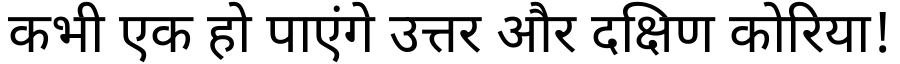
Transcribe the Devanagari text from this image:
कभी एक हो पाएंगे उत्तर और दक्षिण कोरिया!